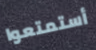
أستمتعوا